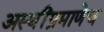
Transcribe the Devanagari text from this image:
अस्थींप्रमाणेच